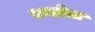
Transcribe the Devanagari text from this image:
मन्डोला